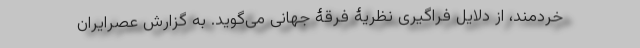
خردمند، از دلایل فراگیری نظریۀ فرقۀ جهانی می‌گوید. به گزارش عصرایران